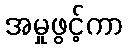
အမှုဖွင့်ကာ